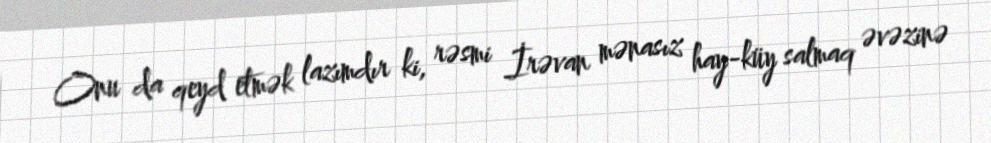
Onu da qeyd etmək lazımdır ki, rəsmi İrəvan mənasız hay-küy salmaq əvəzinə